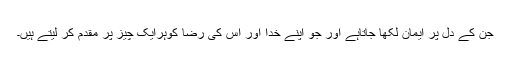
جن کے دل پر ایمان لکھا جاتاہے اور جو اپنے خدا اور اس کی رضا کوہرایک چیز پر مقدم کر لیتے ہیں۔